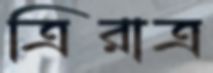
ত্রিরাত্র